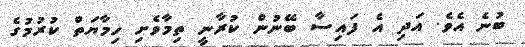
ބުނެ އެވެ. އަދި އެ ފައިސާ ބޭނުން ކުރާނީ ތިމާވެށި ހިމާޔަތް ކުރުމުގެ